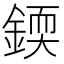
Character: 𨨰